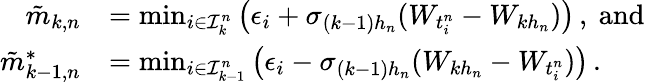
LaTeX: \begin{array}{rl}{\tilde{m}_{k,n}}&{=\operatorname*{min}_{i\in\mathcal{I}_{k}^{n}}\big(\epsilon_{i}+\sigma_{(k-1)h_{n}}(W_{t_{i}^{n}}-W_{kh_{n}})\big)\, ,~\mathrm{and}}\\ {\tilde{m}_{k-1,n}^{*}}&{=\operatorname*{min}_{i\in\mathcal{I}_{k-1}^{n}}\big(\epsilon_{i}-\sigma_{(k-1)h_{n}}(W_{kh_{n}}-W_{t_{i}^{n}})\big)\, .}\end{array}